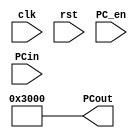
module PC(clk,rst,PC_en,PCin,PCout);
 parameter  WIDTH = 32;
 input clk,rst,PC_en;
 input [WIDTH-1:0] PCin;
 output reg[WIDTH-1:0] PCout;
 
 always @(rst)
   PCout<='h00003000;//pc  start address
   
 always @(posedge clk)
    if(PC_en)
      PCout<=PCin;
    else
      PCout<=PCout-4;
 endmodule